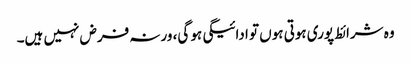
وہ شرائط پوری ہوتی ہوں تو ادائیگی ہو گی، ورنہ فرض نہیں ہیں۔